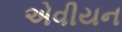
એવીયન